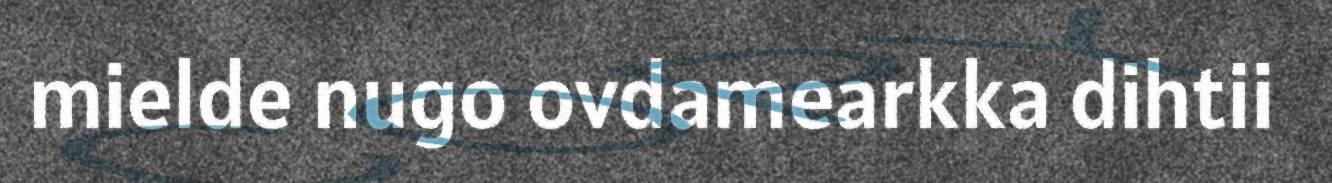
mielde nugo ovdamearkka dihtii